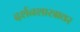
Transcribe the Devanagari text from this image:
दर्शनशास्त्रावर